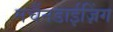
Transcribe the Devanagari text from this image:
मर्चैनडाईज़िंग